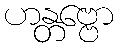
ဟန္တဗ္ဗော